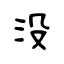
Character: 没